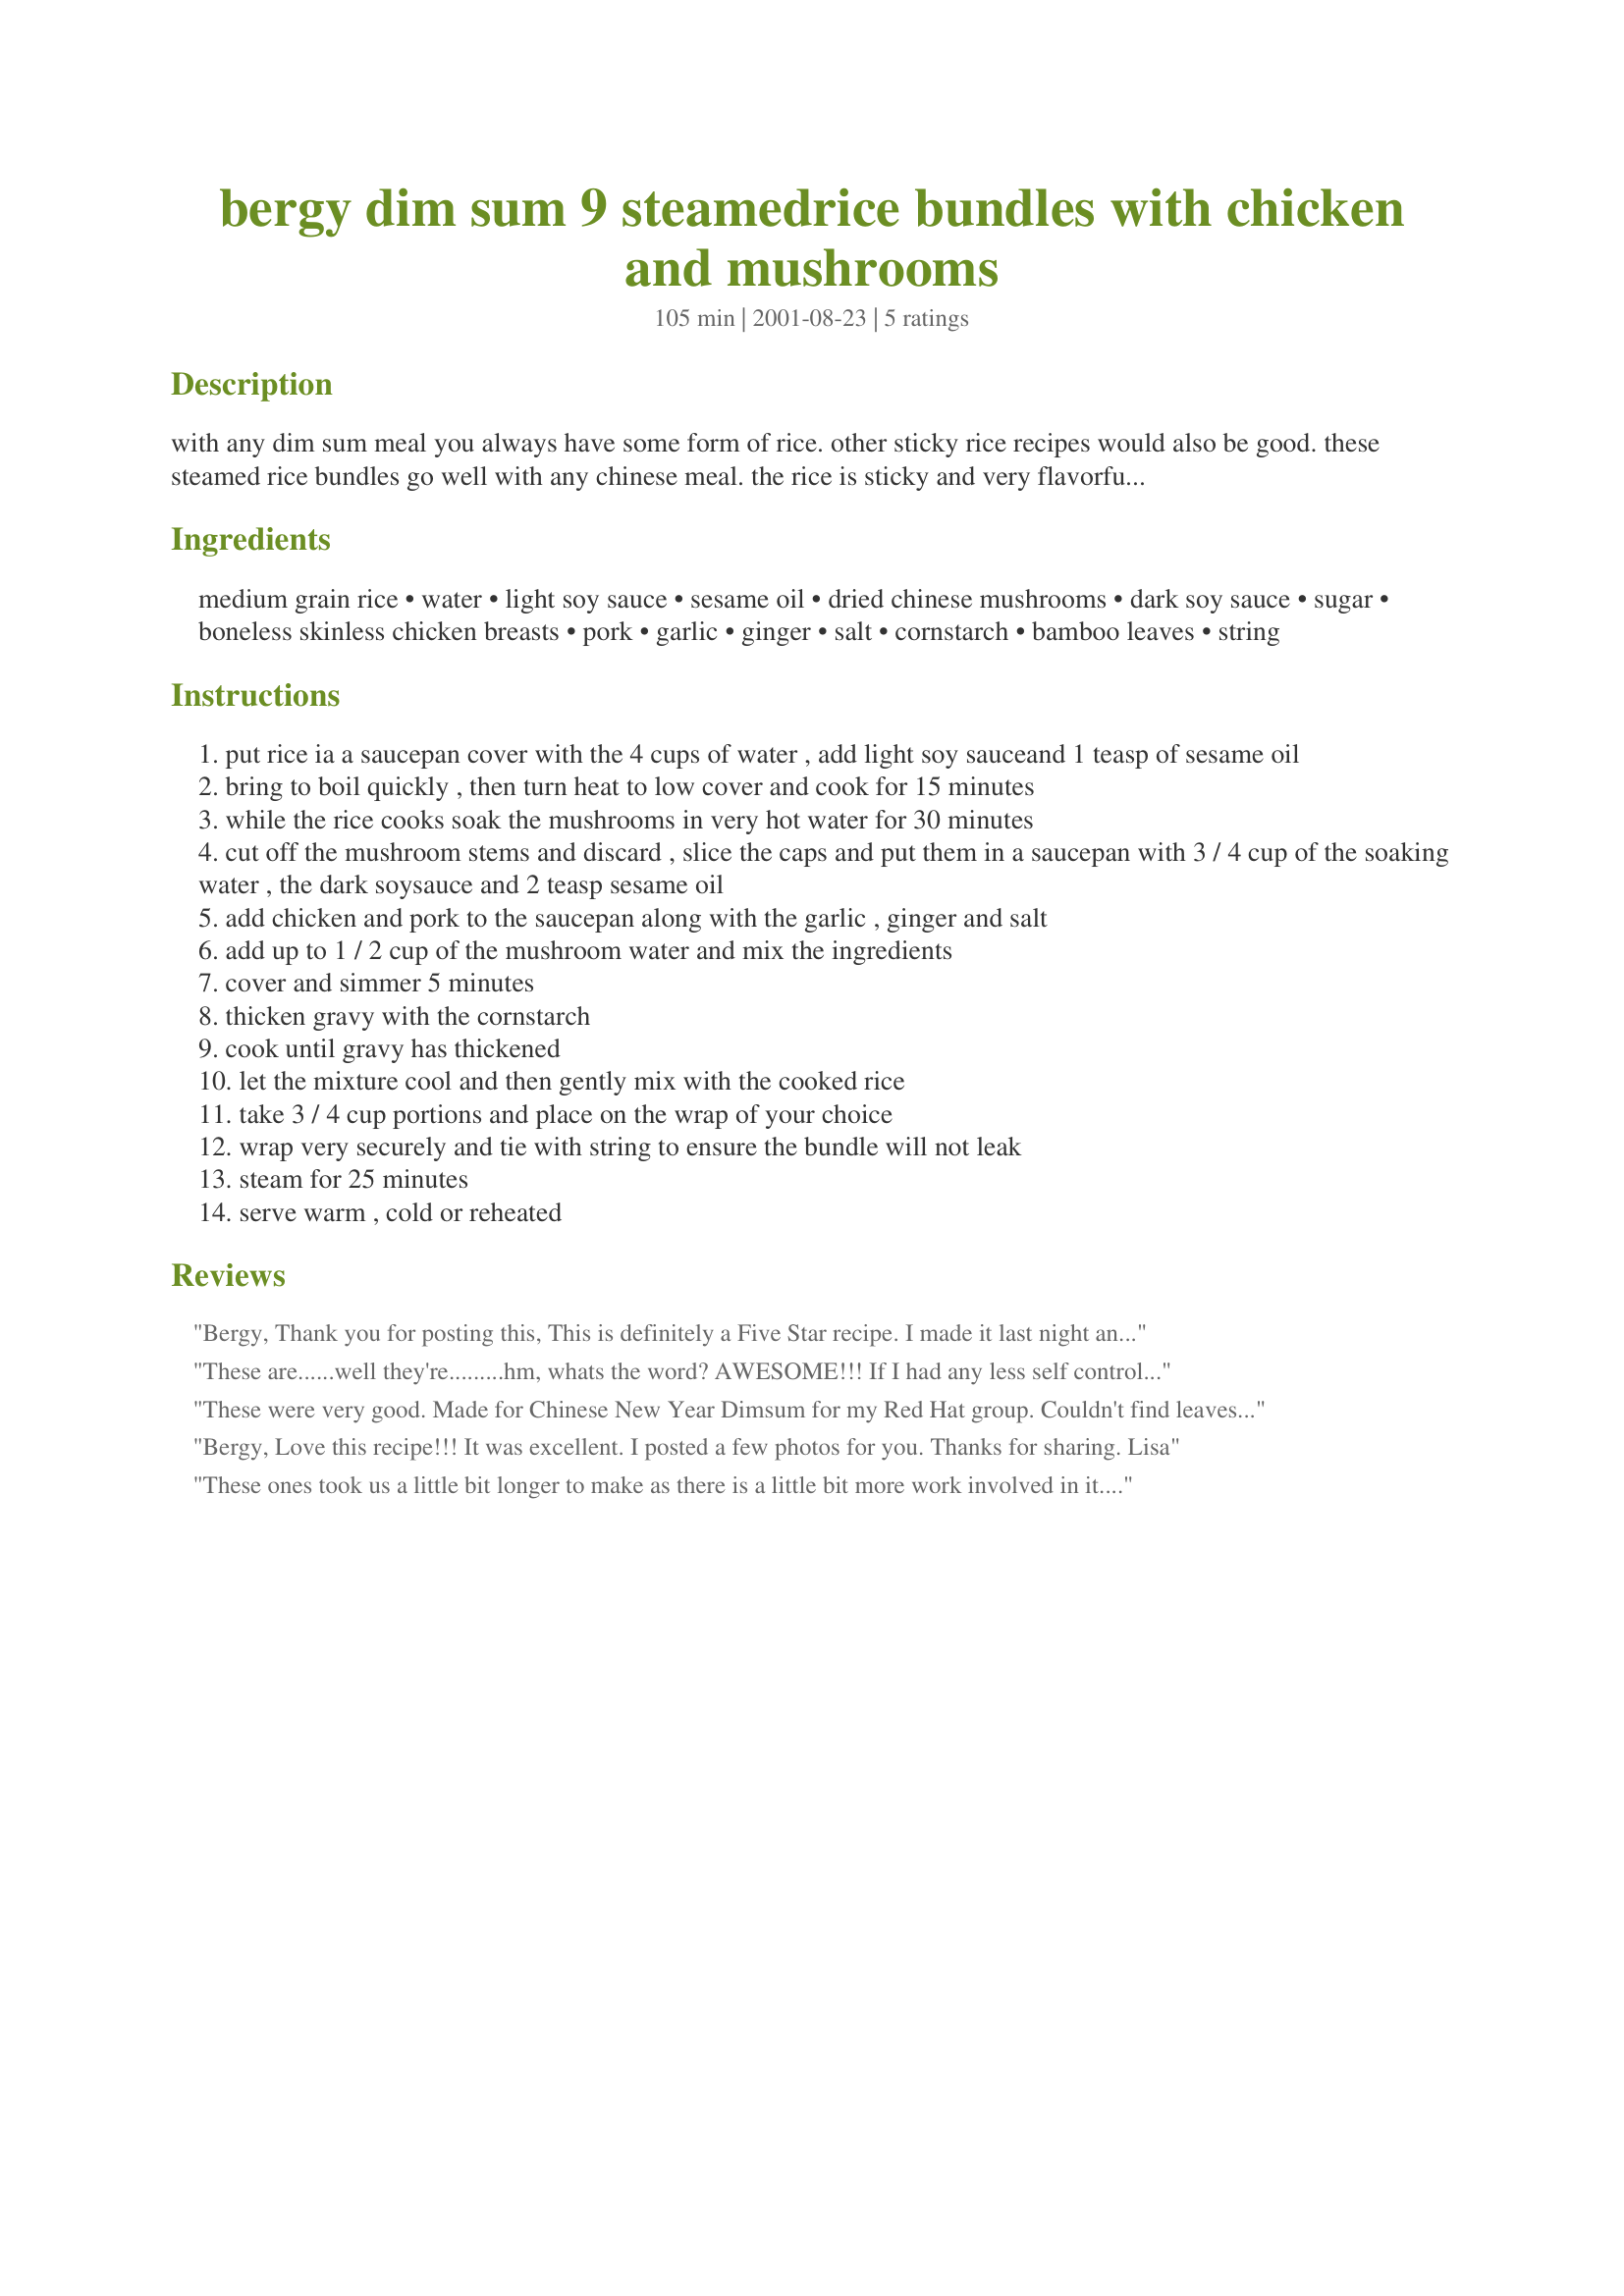
bergy dim sum 9 steamedrice bundles with chicken and mushrooms
Preparation time: 105 minutes

with any dim sum meal you always have some form of rice. other sticky rice recipes would also be good. these steamed rice bundles go well with any chinese meal. the rice is sticky and very flavorful from the other ingredients

Ingredients:
medium grain rice, water, light soy sauce, sesame oil, dried chinese mushrooms, dark soy sauce, sugar, boneless skinless chicken breasts, pork, garlic, ginger, salt, cornstarch, bamboo leaves, string

Steps:
put rice ia a saucepan cover with the 4 cups of water , add light soy sauceand 1 teasp of sesame oil
bring to boil quickly , then turn heat to low cover and cook for 15 minutes
while the rice cooks soak the mushrooms in very hot water for 30 minutes
cut off the mushroom stems and discard , slice the caps and put them in a saucepan with 3 / 4 cup of the soaking water , the dark soysauce and 2 teasp sesame oil
add chicken and pork to the saucepan along with the garlic , ginger and salt
add up to 1 / 2 cup of the mushroom water and mix the ingredients
cover and simmer 5 minutes
thicken gravy with the cornstarch
cook until gravy has thickened
let the mixture cool and then gently mix with the cooked rice
take 3 / 4 cup portions and place on the wrap of your choice
wrap very securely and tie with string to ensure the bundle will not leak
steam for 25 minutes
serve warm , cold or reheated

Reviews:
Bergy, Thank you for posting this, This is definitely a Five Star recipe. I made it last night and the taste was "MARVELOUS". My boyfriend Marvin loved this so much, he took the rest of the leftovers home with him. I will have to fix this again real soon and I won't tell my boyfriend Marvin, so at least I can have some leftover. Thanks again. Melody
These are......well they're.........hm, whats the word? AWESOME!!! If I had any less self control I would have eaten them ALL at once. I could eat these for breakfast, lunch and dinner. I do not see a time when I will not want to eat these. Now I just need to find a place to get bamboo leaves! THANK YOU FOR THIS RECIPE!!!!!
UPDATE: I made these with a Japanese twist. I did not mix the chicken/mushroom mixture into the flavored cooked rice, instead I "stuffed" the bundles. I sealed the cooled chicken/mushroom mixture in the rice, sort of like a dumpling. This variation was really good too, with a Japanese flair! No matter what way I make them, no one can get enough! Thanks again Bergy, I love you (and your recipes)!
These were very good. Made for Chinese New Year Dimsum for my Red Hat group. Couldn't find leaves and didn't want to use foil so parchment paper worked well. Can always trust Bergy's recipes!
Bergy, Love this recipe!!! It was excellent. I posted a few photos for you. Thanks for sharing. Lisa
These ones took us a little bit longer to make as there is a little bit more work involved in it. The taste however is fully worth it in the end. We really had a great weekend making all of these.
